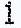
1